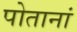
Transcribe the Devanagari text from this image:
पोतानां